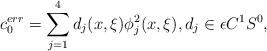
LaTeX: \begin{align*}c^{err}_0 = \sum_{j = 1}^4 d_j(x,\xi) \phi_j^2(x,\xi), d_j \in \epsilon C^1S^0,\end{align*}